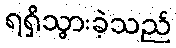
ရရှိသွားခဲ့သည်